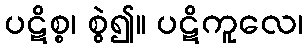
ပဋိစ္စ၊ စွဲ၍။ ပဋိကူလေ၊